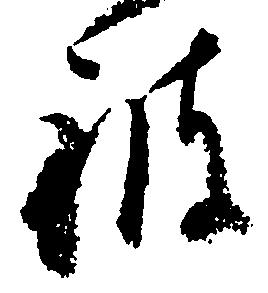
被